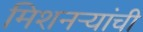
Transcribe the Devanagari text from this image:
मिशनऱ्यांची